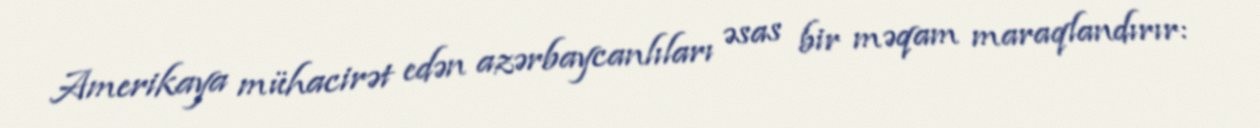
Amerikaya mühacirət edən azərbaycanlıları əsas bir məqam maraqlandırır: